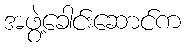
အဖွဲ့ခေါင်းဆောင်က